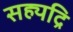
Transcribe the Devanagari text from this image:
सह्यद्रि